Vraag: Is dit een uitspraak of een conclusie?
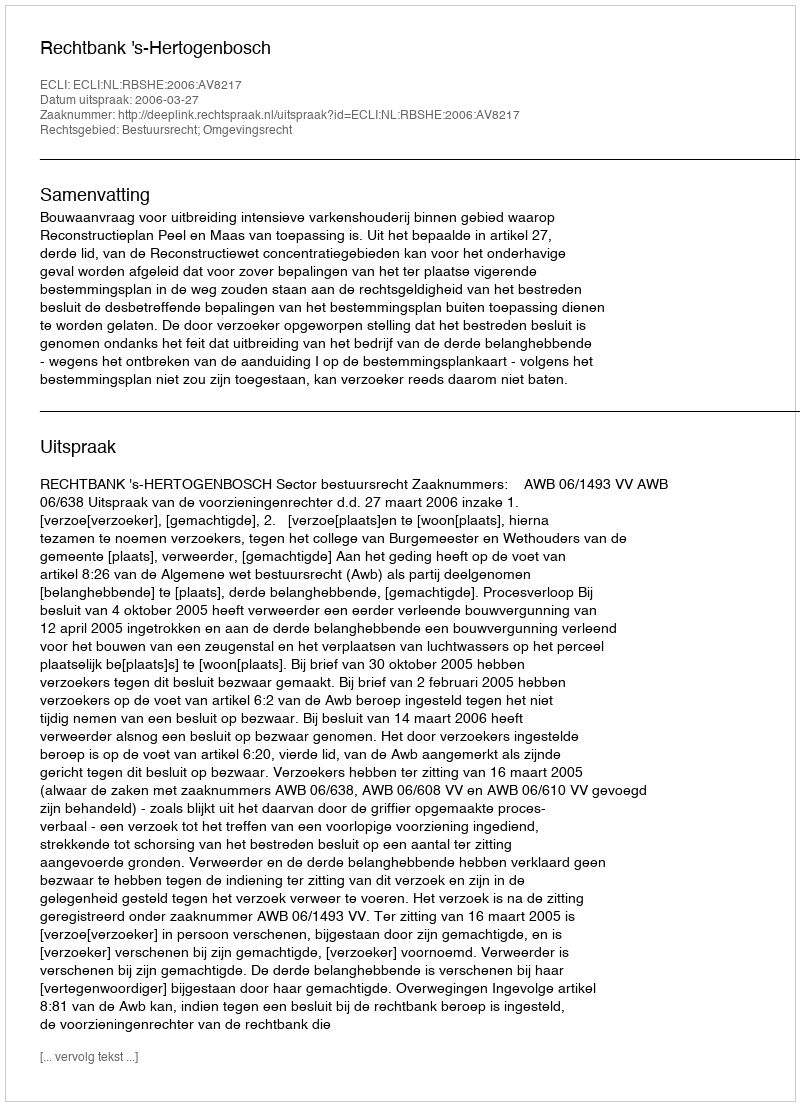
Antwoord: Uitspraak